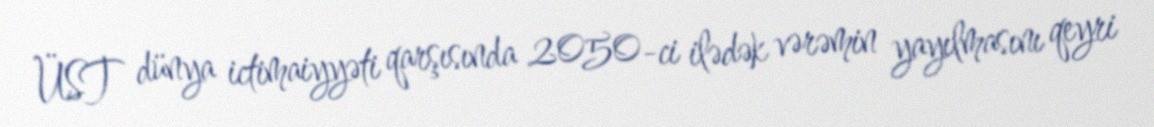
ÜST dünya ictimaiyyəti qarşısında 2050-ci ilədək vərəmin yayılmasını qeyri